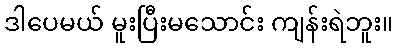
ဒါပေမယ် မူးပြီးမသောင်း ကျန်းရဲဘူး။